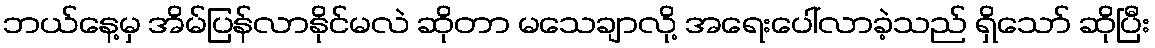
ဘယ်နေ့မှ အိမ်ပြန်လာနိုင်မလဲ ဆိုတာ မသေချာလို့ အရေးပေါ်လာခဲ့သည် ရှိသော် ဆိုပြီး